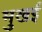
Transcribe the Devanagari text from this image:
मुखई